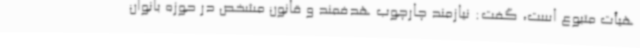
هیأت متبوع است، گفت: نیازمند چارچوب هدفمند و قانون مشخص در حوزه بانوان